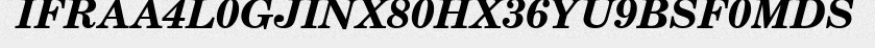
IFRAA4L0GJINX80HX36YU9BSF0MDS